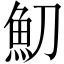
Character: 魛